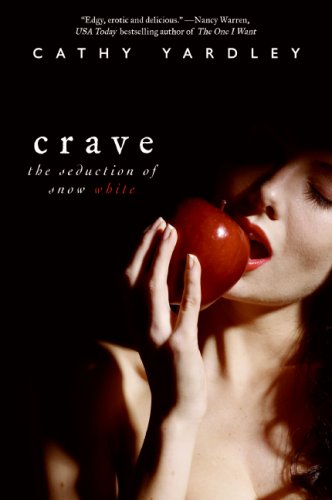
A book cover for Crave: The Seduction of Snow White (Avon Red); Cathy Yardley; Romance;